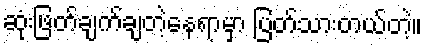
ဆုံးဖြတ်ချက်ချတဲ့နေရာမှာ ပြတ်သားတယ်တဲ့။